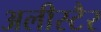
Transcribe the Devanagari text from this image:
अलीस्टैर